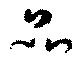
品